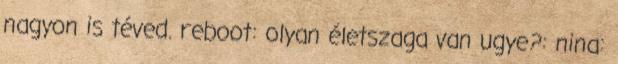
nagyon is téved. reboot: olyan életszaga van ugye?: nina: